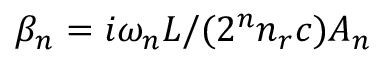
\beta _ { n } = i \omega _ { n } L / ( 2 ^ { n } n _ { r } c ) A _ { n }